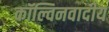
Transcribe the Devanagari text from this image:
कॉल्विनवादीय